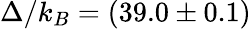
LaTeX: \Delta/k_{B}=(39.0\pm 0.1)